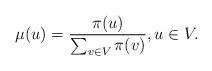
LaTeX: \begin{align*}\mu(u)=\frac{\pi(u)}{\sum_{v\in V}\pi(v)}, u\in V.\end{align*}